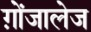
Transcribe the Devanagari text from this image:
ग़ोंजालेज